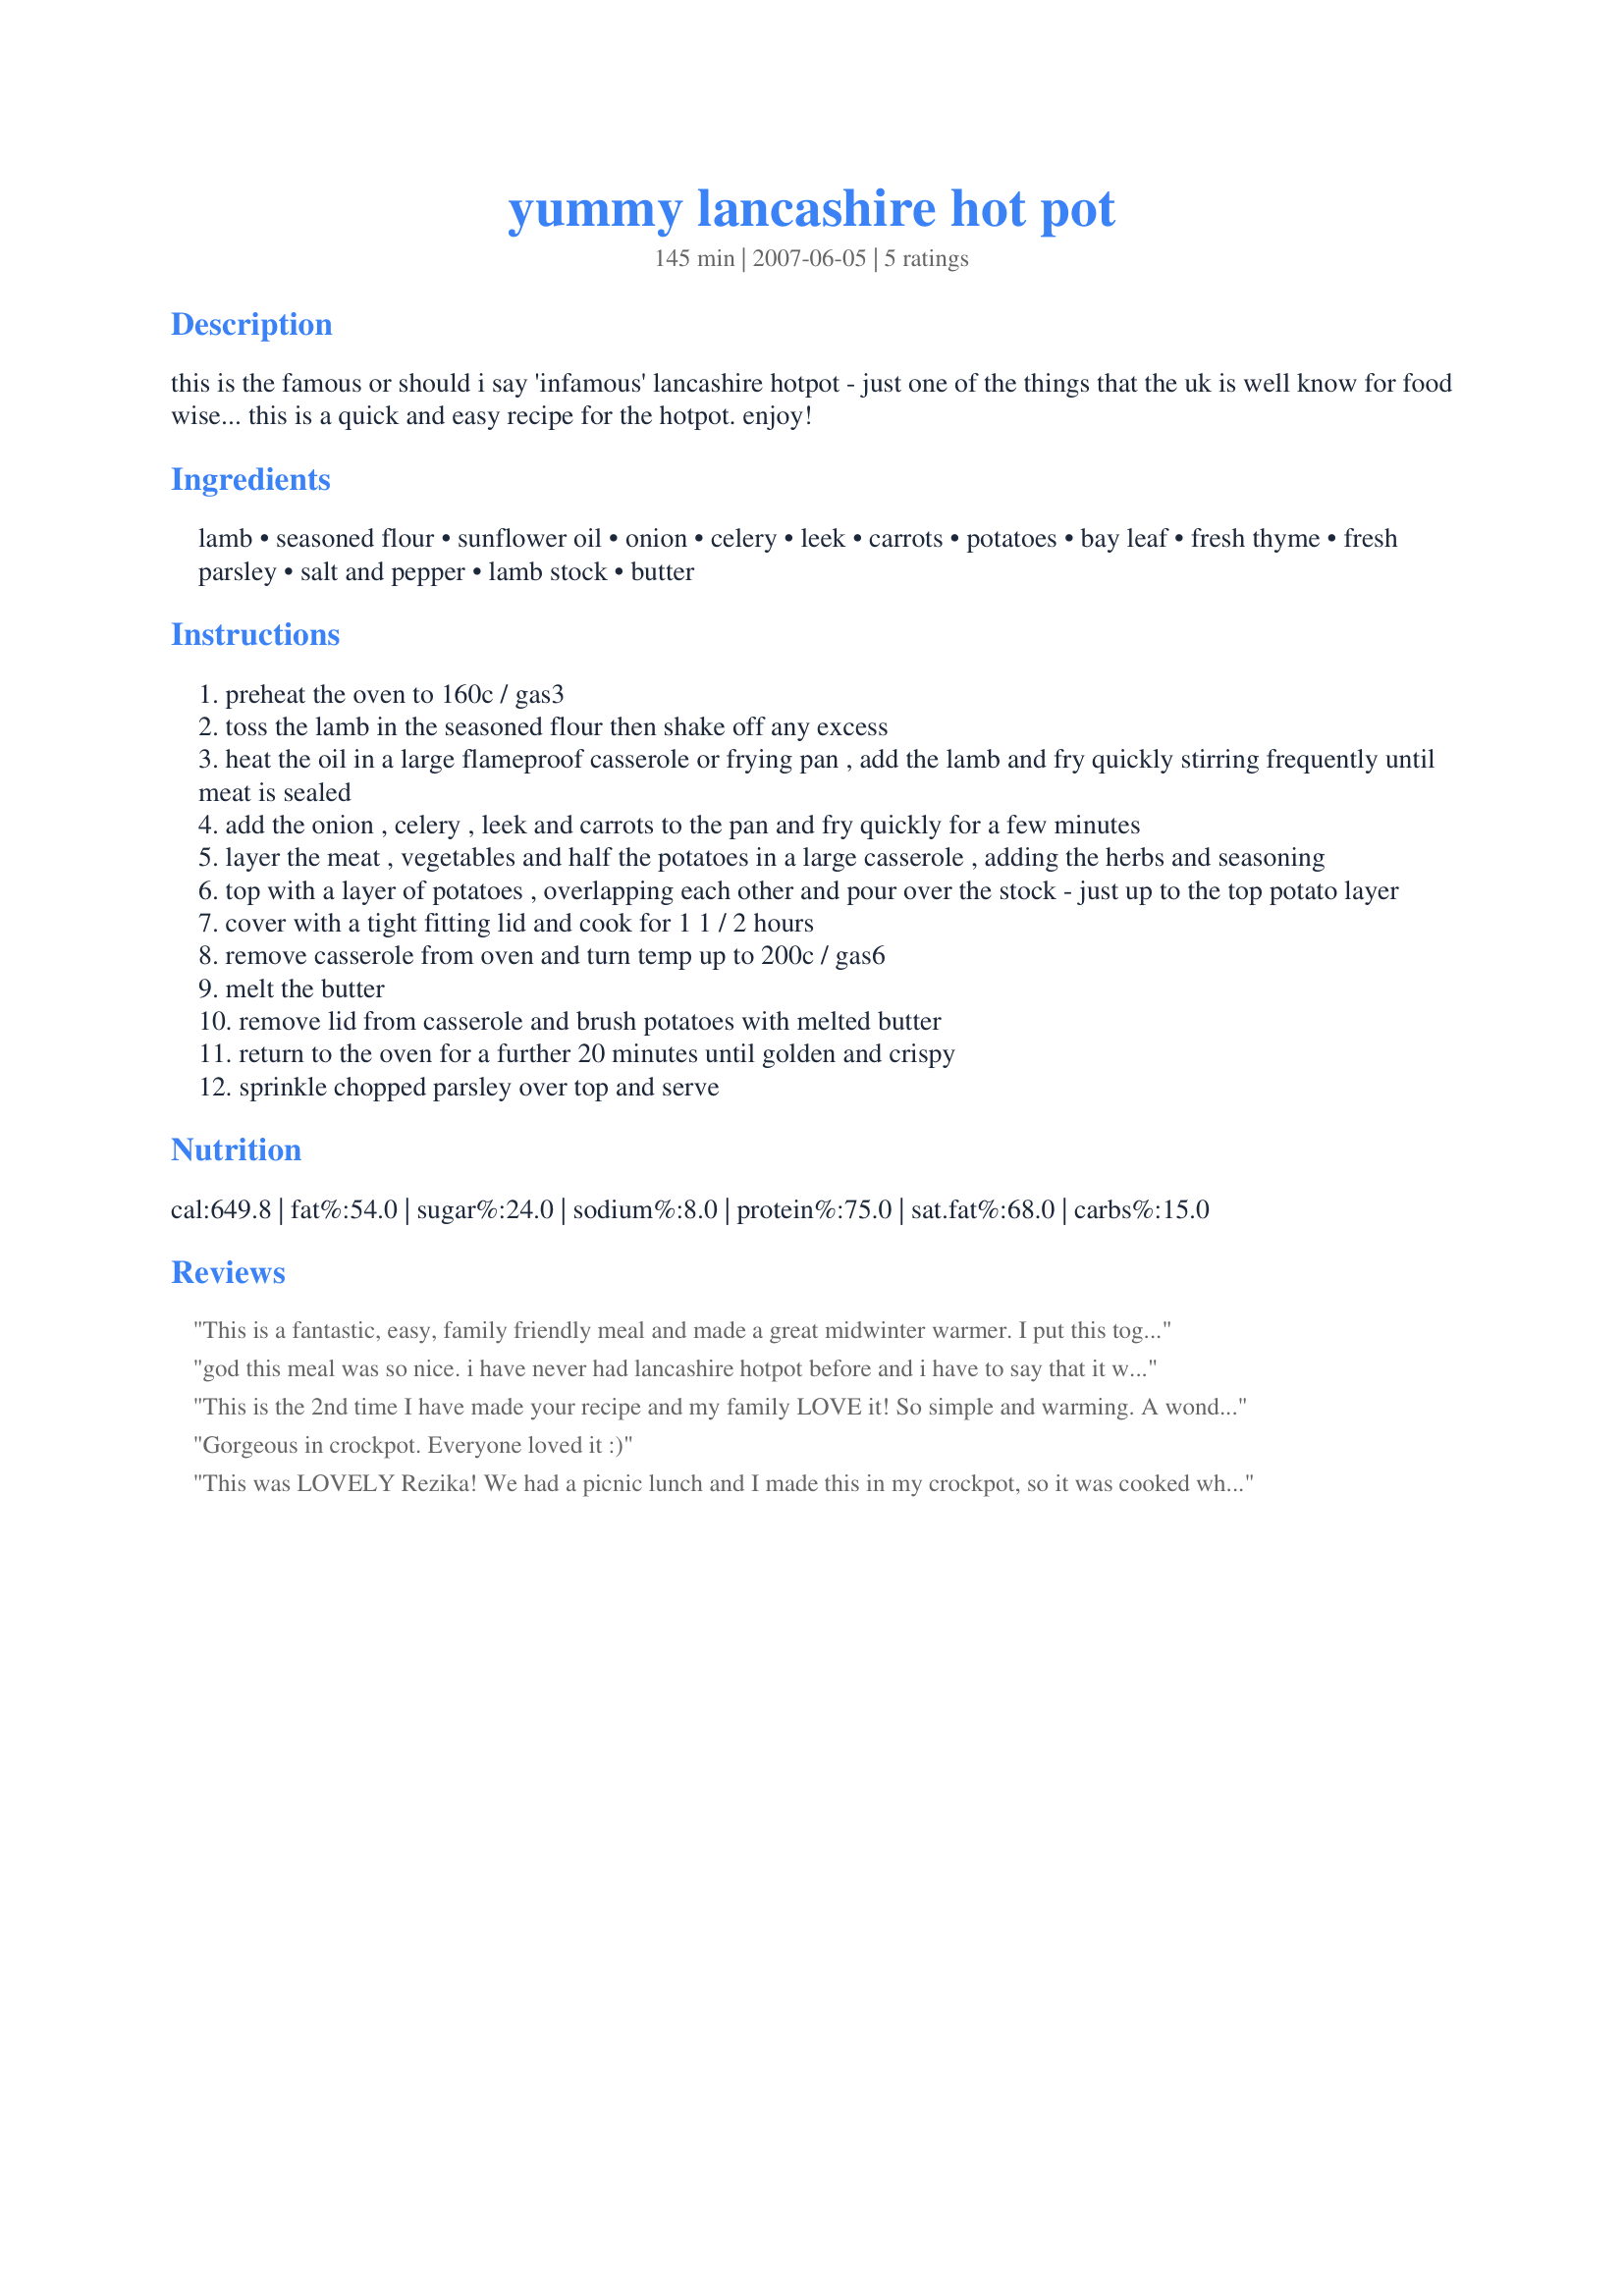
yummy lancashire hot pot
Preparation time: 145 minutes

this is the famous or should i say 'infamous' lancashire hotpot - just one of the things that the uk is well know for food wise...

this is a quick and easy recipe for the hotpot. enjoy!

Ingredients:
lamb, seasoned flour, sunflower oil, onion, celery, leek, carrots, potatoes, bay leaf, fresh thyme, fresh parsley, salt and pepper, lamb stock, butter

Steps:
preheat the oven to 160c / gas3
toss the lamb in the seasoned flour then shake off any excess
heat the oil in a large flameproof casserole or frying pan , add the lamb and fry quickly stirring frequently until meat is sealed
add the onion , celery , leek and carrots to the pan and fry quickly for a few minutes
layer the meat , vegetables and half the potatoes in a large casserole , adding the herbs and seasoning
top with a layer of potatoes , overlapping each other and pour over the stock - just up to the top potato layer
cover with a tight fitting lid and cook for 1 1 / 2 hours
remove casserole from oven and turn temp up to 200c / gas6
melt the butter
remove lid from casserole and brush potatoes with melted butter
return to the oven for a further 20 minutes until golden and crispy
sprinkle chopped parsley over top and serve

Reviews:
This is a fantastic, easy, family friendly meal and made a great midwinter warmer. I put this together up until step four on Sunday night and then left it covered in the fridge ready to cook on Tuesday. We may be big eaters but we didn't get 4 *big* serves from this and next time I will increase it slightly. Lovely kid pleaser, family food.
god this meal was so nice. i have never had lancashire hotpot before and i have to say that it was wondeful. i cooked it in my crock pot all day and then finished it off in the oven when i came home, the meat was falling apart tender and the gravy was deliciously rich. mmmm what more can i say, its definately a keeper.
This is the 2nd time I have made your recipe and my family LOVE it! So simple and warming. A wonderful winter dinner
Gorgeous in crockpot. Everyone loved it :)
This was LOVELY Rezika! We had a picnic lunch and I made this in my crockpot, so it was cooked when we got home! Most British people have some sort of Hotpot recipe - I wanted to try this one out, as I don't usually use leeks and celery in mine. I loved it - I think I might omit the leeks and celery next time however, but that is just personal taste - it was still VERY delicious! Thanks Rezika for another fine recipe! Made for ZWT.
